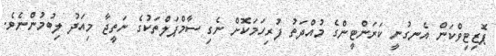
ޕޮޒިޓިވްކަން އެނގުނީ ކަރަންޓީންގެ މުއްދަތު ފުރިހަމަކޮށް ނެގި ސާމްޕަލްތަކުގެ ނަތީޖާ މިއަދު ލިބުމުންނެވެ.